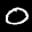
Label: 0